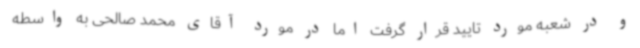
و در شعبه مورد تایید قرار گرفت اما در مورد آقای محمد صالحی به واسطه